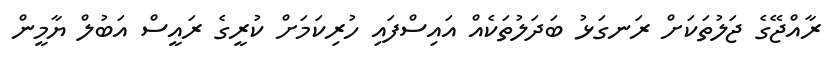
ރާއްޖޭގެ ޖަލުތަކަށް ރަނގަޅު ބަދަލުތަކެއް އައިސްފައި ހުރިކަމަށް ކުރީގެ ރައީސް އަބުލް ޔާމީން